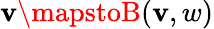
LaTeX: \mathbf{v}\mapstoB(\mathbf{v},w)